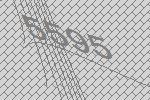
5595